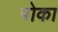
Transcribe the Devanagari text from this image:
पोका